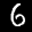
Label: 6